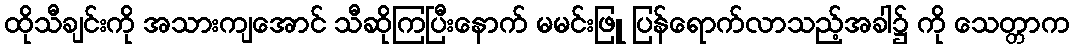
ထိုသီချင်းကို အသားကျအောင် သီဆိုကြပြီးနောက် မမင်းဖြူ ပြန်ရောက်လာသည့်အခါ၌ ကို သေတ္တာက